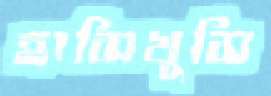
হাসিখুসি